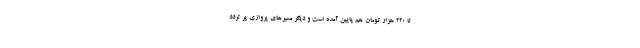
تا ۲۲۰ هزار تومان هم پایین آمده است و دیگر مسیرهای پروازی پر تردد